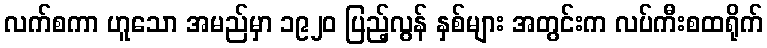
လက်စကာ ဟူသော အမည်မှာ ၁၉၂၀ ပြည့်လွန် နှစ်များ အတွင်းက လပ်ကီးစထရိုက်